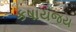
કષાયજય